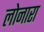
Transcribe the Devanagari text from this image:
लोनारा